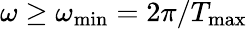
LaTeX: \omega\ge\omega_{\operatorname*{min}}=2\pi/T_{\operatorname*{max}}